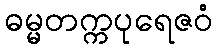
ဓမ္မတက္ကပုရေဇဝံ